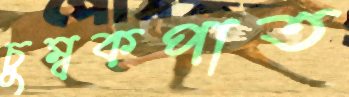
চুম্বকপাত